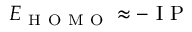
E _ { \mathrm { ~ H ~ O ~ M ~ O ~ } } \approx - \mathrm { ~ I ~ P ~ }